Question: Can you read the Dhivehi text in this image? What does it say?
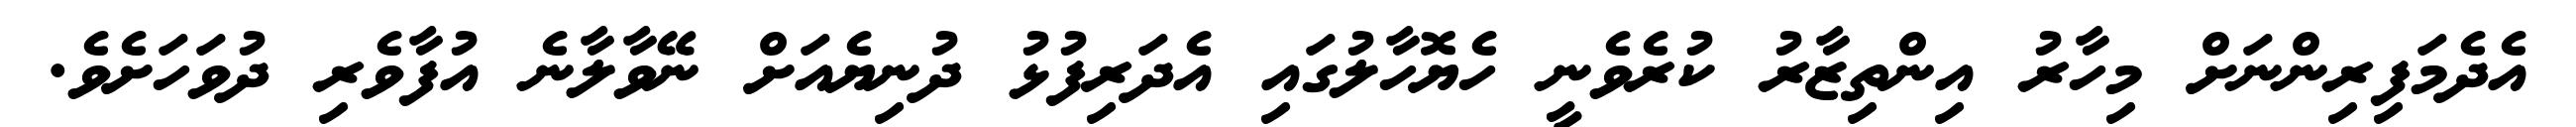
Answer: އެދެމަފިރިންނަށް މިހާރު އިންތިޒާރު ކުރެވެނީ ހެޔޮހާލުގައި އެދަރިފުޅު ދުނިޔެއަށް ނޭވާލާނެ އުފާވެރި ދުވަހަށެވެ.